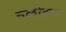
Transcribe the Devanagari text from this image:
नळीदार